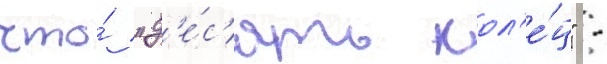
что́ "д'е́с'ять кол'е́ц" -